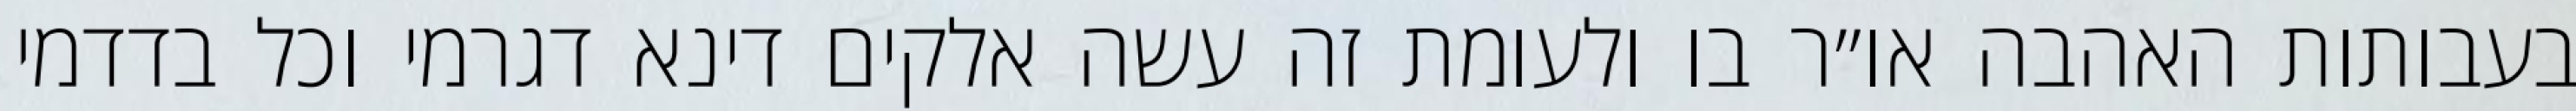
בעבותות האהבה או״ר בו ולעומת זה עשה אלקים דינא דגרמי וכל בדדמי